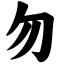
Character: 勿